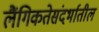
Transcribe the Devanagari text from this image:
लैंगिकतेसंदर्भातील